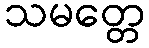
သမတ္တေ